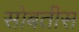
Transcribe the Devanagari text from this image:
सोबतीस